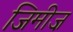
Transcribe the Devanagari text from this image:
जिमीज़